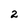
Character: 2